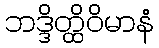
ဘဒ္ဒိတ္ထိဝိမာနံ